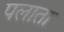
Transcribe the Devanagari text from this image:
पलाता